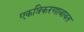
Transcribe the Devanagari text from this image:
एकत्रिकरणाबाबत